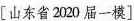
[山东省2020届一模]